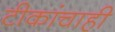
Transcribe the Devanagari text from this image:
टीकांचाही